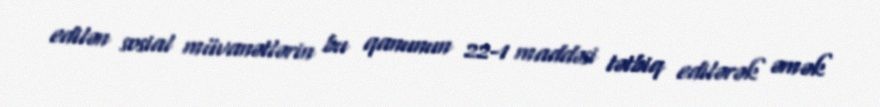
edilən sosial müvanətlərin bu qanunun 22-1 maddəsi tətbiq edilərək əmək